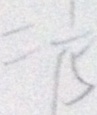
= \frac { 1 } { 1 5 }